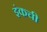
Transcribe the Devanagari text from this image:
इंकची